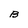
Character: B